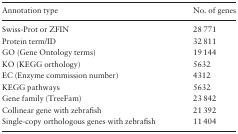
<table><thead><tr><td><b>Annotation type</b></td><td><b>No. of genes</b></td></tr></thead><tbody><tr><td>Swiss-Prot or ZFIN</td><td>28 771</td></tr><tr><td>Protein term/ID</td><td>32 811</td></tr><tr><td>GO (Gene Ontology terms)</td><td>19 144</td></tr><tr><td>KO (KEGG orthology)</td><td>5632</td></tr><tr><td>EC (Enzyme commission number)</td><td>4312</td></tr><tr><td>KEGG pathways</td><td>5632</td></tr><tr><td>Gene family (TreeFam)</td><td>23 842</td></tr><tr><td>Collinear gene with zebrafish</td><td>21 392</td></tr><tr><td>Single-copy orthologous genes with zebrafish</td><td>11 404</td></tr></tbody></table>